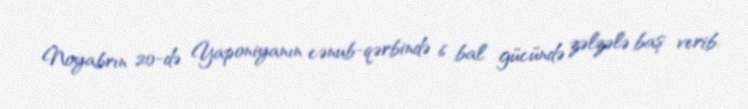
Noyabrın 20-də Yaponiyanın cənub-qərbində 6 bal gücündə zəlzələ baş verib.